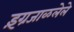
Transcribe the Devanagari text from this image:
इंग्रजाळलेले